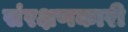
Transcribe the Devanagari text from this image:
संरक्षणकारी